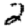
Digit: 2